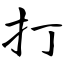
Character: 打